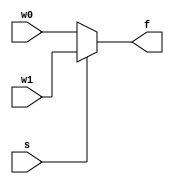
module mux2to1_if_else(w0, w1, s, f);
    input w0, w1, s;
    output f;
    reg f;

    always@(w0 or w1 or s)
        if (s == 0) f = w0;
        else f = w1;
    
endmodule